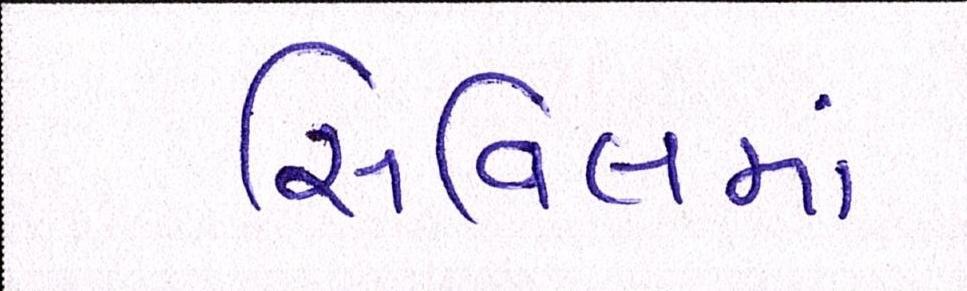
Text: સિવિલમાં